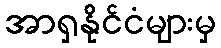
အာရှနိုင်ငံများမှ